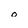
Character: o